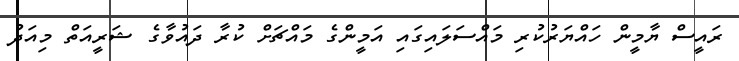
ރައީސް ޔާމީން ހައްޔަރުކުރި މައްސަލައިގައި އަމީންގެ މައްޗަށް ކުރާ ދައުވާގެ ޝަރީއަތް މިއަދު